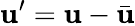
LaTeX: \mathbf{u}^{\prime}=\mathbf{u}-\bar{\mathbf{u}}